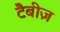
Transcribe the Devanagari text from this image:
टैबीज़